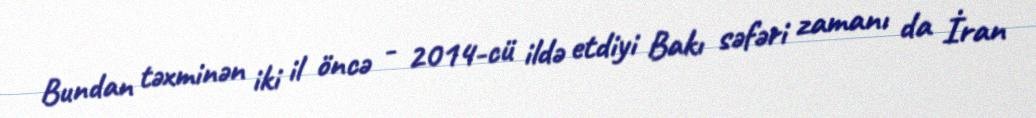
Bundan təxminən iki il öncə - 2014-cü ildə etdiyi Bakı səfəri zamanı da İran